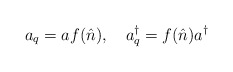
\begin{align*}a_{q}= af(\hat{n}),~~~a_{q}^{\dag}=f(\hat{n})a^{\dag}\end{align*}